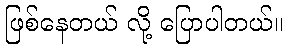
ဖြစ်နေတယ် လို့ ပြောပါတယ်။